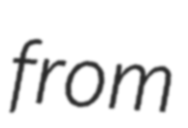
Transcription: from